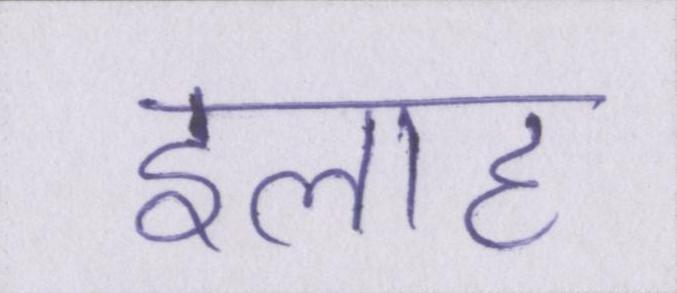
इलाह